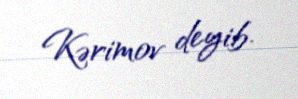
Kərimov deyib.